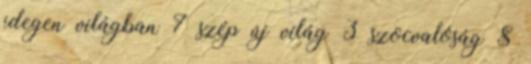
idegen világban 7 szép új világ 3 szocvalóság 8